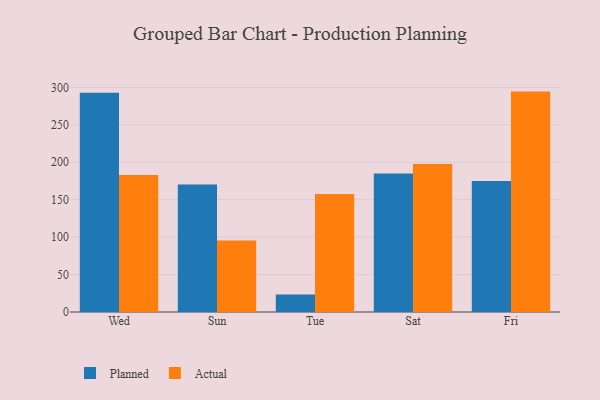
{"axis": {"x": "Day", "y": "Net Income (USD K)"}, "legend": ["Actual", "Planned"], "data": [{"x": "Wed", "y": 292.9, "type": "Planned"}, {"x": "Wed", "y": 183.0, "type": "Actual"}, {"x": "Sun", "y": 170.2, "type": "Planned"}, {"x": "Sun", "y": 95.6, "type": "Actual"}, {"x": "Tue", "y": 23.3, "type": "Planned"}, {"x": "Tue", "y": 157.6, "type": "Actual"}, {"x": "Sat", "y": 184.9, "type": "Planned"}, {"x": "Sat", "y": 197.6, "type": "Actual"}, {"x": "Fri", "y": 175.0, "type": "Planned"}, {"x": "Fri", "y": 294.3, "type": "Actual"}]}